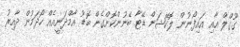
ގޫގްލް އާއި އައިފޯނުން ލޮކޭޝަން ޑޭޓާ ބޭނުންކޮށްގެން ބޮޑު އާމްދަނީއެއް ހޯދަމުން ދާއިރު